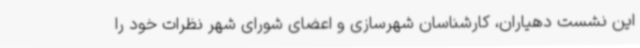
این نشست دهیاران، کارشناسان شهرسازی و اعضای شورای شهر نظرات خود را